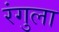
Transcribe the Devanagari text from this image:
रंगुला